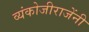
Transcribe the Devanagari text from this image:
व्यंकोजीराजेंनी